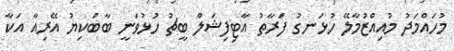
މުހައްމަދު މުއިއްޒުމާލޭ ހުޅަނގު ފަރާތު އާޓިފިޝަލް ބީޗު ހުޅުވަނީ ބާބަކިޔު އޭރިއާ އަކާ